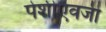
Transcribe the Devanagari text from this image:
पेशीऐवजी